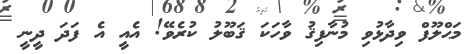
މަޙްލޫފް ވިދާޅުވި މުނާފިޤު ވާހަކަ ޤަބޫލު ކުރެވޭ! އެއީ އެ ފަދަ ދީނީ